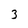
Character: 3